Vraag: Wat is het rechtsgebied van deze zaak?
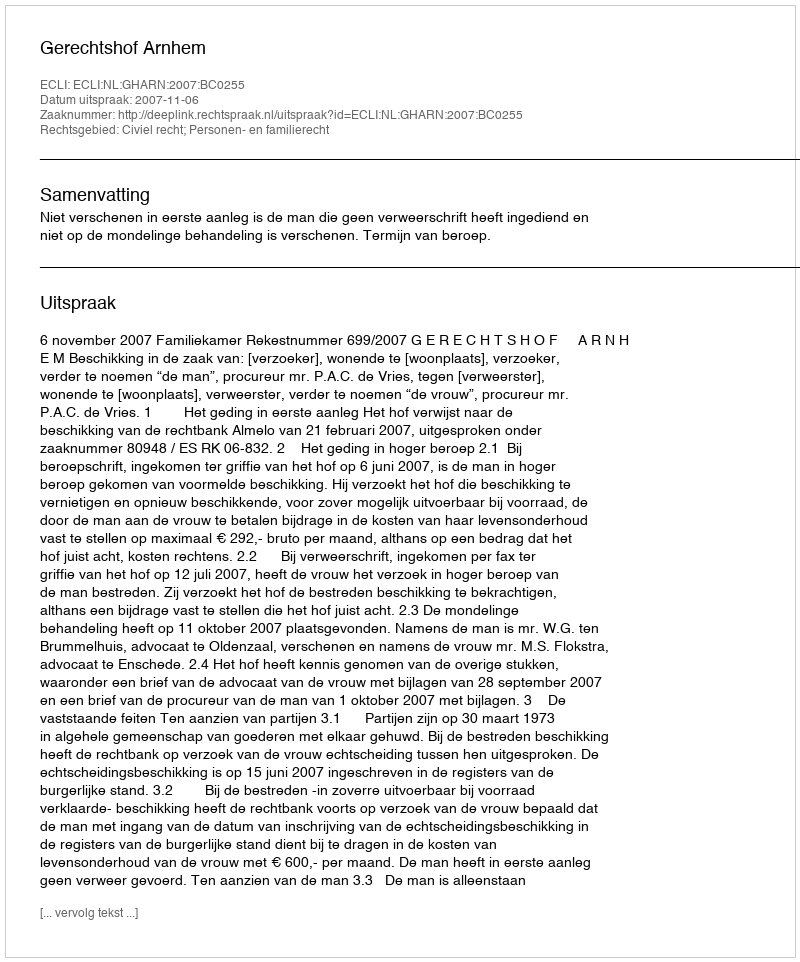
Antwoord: Civiel recht; Personen- en familierecht